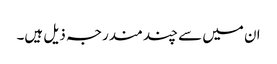
ان میں سے چند مندرجہ ذیل ہیں۔